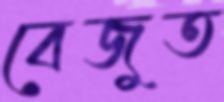
বেজুত